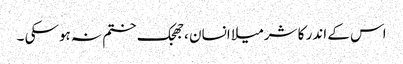
اس کے اندر کا شرمیلا انسان ،جھجک ختم نہ ہوسکی ۔